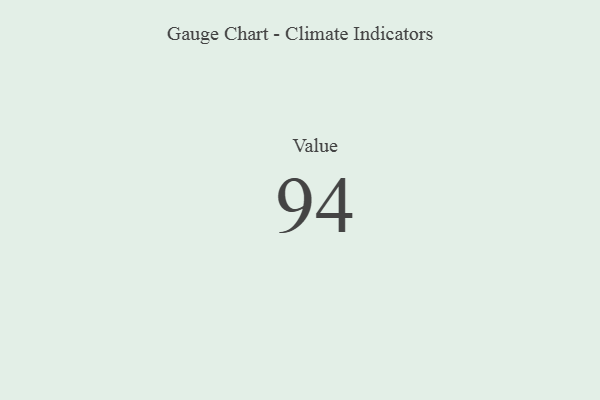
{"axis": {"x": "Metric", "y": "Value"}, "legend": [""], "data": [{"x": "Value", "y": 94, "type": ""}]}